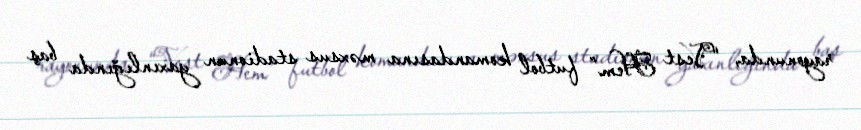
rayonunda, “Vest Hem” futbol komandasına məxsus stadionun yaxınlığında baş